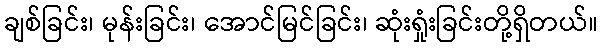
ချစ်ခြင်း၊ မုန်းခြင်း၊ အောင်မြင်ခြင်း၊ ဆုံးရှုံးခြင်းတို့ရှိတယ်။